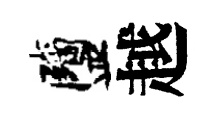
鹽越